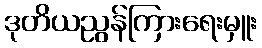
ဒုတိယညွန်ကြားရေးမှူး